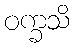
ဝက္ခသိ